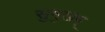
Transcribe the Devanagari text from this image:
सुमुखम्